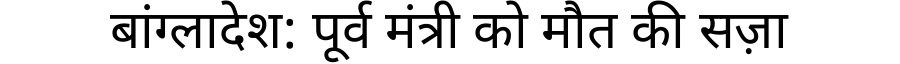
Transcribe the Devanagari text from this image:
बांग्लादेश: पूर्व मंत्री को मौत की सज़ा